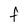
Character: f